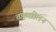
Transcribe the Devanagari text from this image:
तफ़सीलन